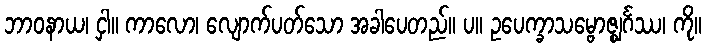
ဘာဝနာယ၊ ငှါ။ ကာလော၊ လျောက်ပတ်သော အခါပေတည်။ ပ။ ဥပေက္ခာသမ္ဗောဇ္ဈင်္ဂဿ၊ ကို။